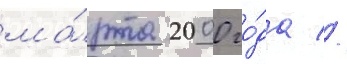
ма́рта 2000 го́да //